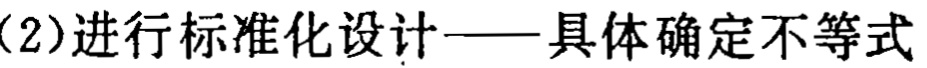
(2)进行标准化设计——具体确定不等式